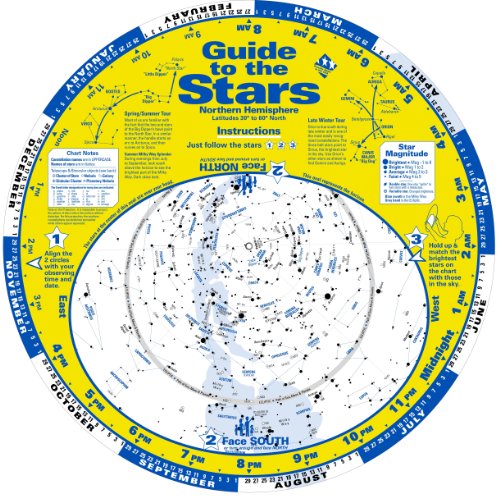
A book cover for Guide to the Stars; Ken Graun; Science & Math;